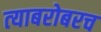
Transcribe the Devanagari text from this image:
त्‍याबरोबरच